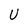
Character: U